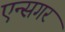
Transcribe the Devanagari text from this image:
एन्सगर